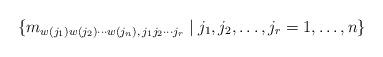
LaTeX: \begin{align*} \{ m_{w(j_1)w(j_2) \cdots w(j_n),\, j_1j_2 \cdots j_r} \mid j_1, j_2, \dots, j_r = 1, \dots, n \} \end{align*}